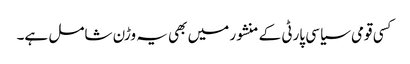
کسی قومی سیاسی پارٹی کے منشور میں بھی یہ وڑن شامل ہے۔